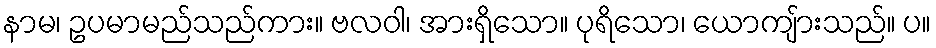
နာမ၊ ဥပမာမည်သည်ကား။ ဗလဝါ၊ အားရှိသော။ ပုရိသော၊ ယောကျ်ားသည်။ ပ။